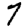
Digit: 7